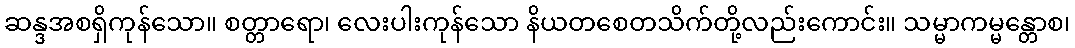
ဆန္ဒအစရှိကုန်သော။ စတ္တာရော၊ လေးပါးကုန်သော နိယတစေတသိက်တို့လည်းကောင်း။ သမ္မာကမ္မန္တောစ၊